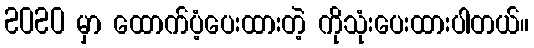
2020 မှာ ထောက်ပံ့ပေးထားတဲ့ ကိုသုံးပေးထားပါတယ်။